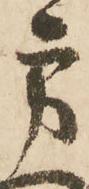
方